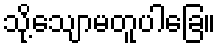
သို့သျောမတူပါခြေ။